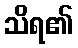
သိရ၏